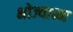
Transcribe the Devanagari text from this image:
भोज्यान्न